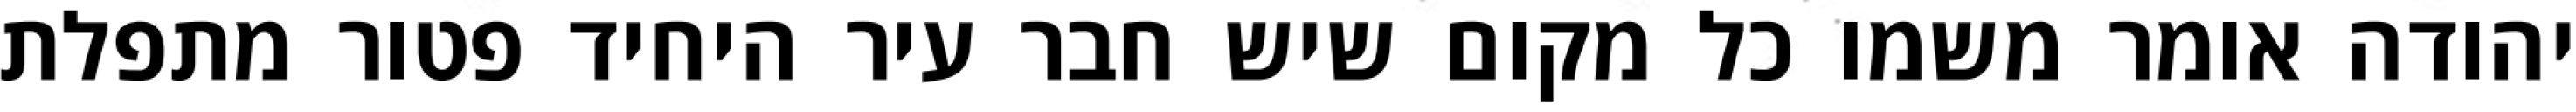
יהודה אומר משמו כל מקום שיש חבר עיר היחיד פטור מתפלת